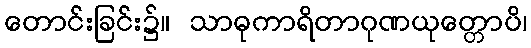
တောင်းခြင်း၌။ သာဓုကာရိတာဂုဏယုတ္တောပိ၊